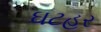
ઘટહર